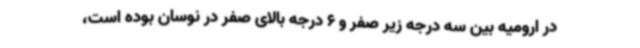
در ارومیه بین سه درجه زیر صفر و 6 درجه بالای صفر در نوسان بوده است،